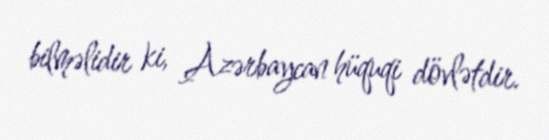
bilməlidir ki, Azərbaycan hüquqi dövlətdir.